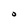
Character: O